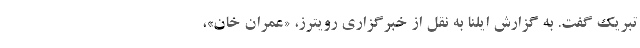
تبریک گفت. به گزارش ایلنا به نقل از خبرگزاری رویترز، «عمران خان»،